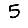
Digit: 5